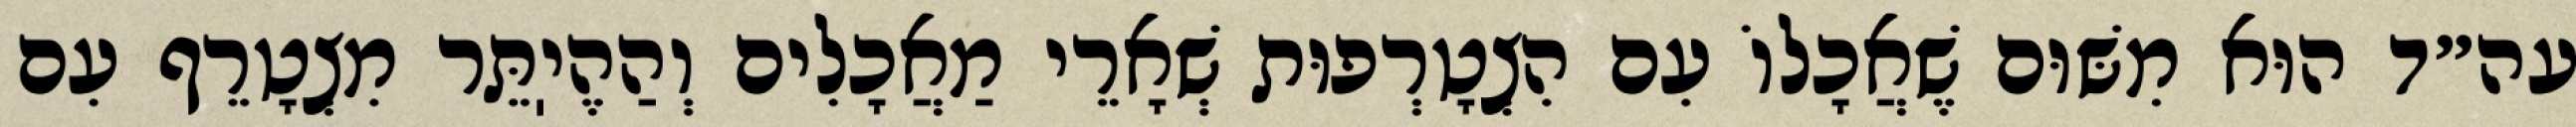
עה״ד הוּא מִשּׁוּם שֶׁאֲכָלוֹ עִם הִצְטָרְפוּת שְׁאָרֵי מַאֲכָלִים וְהַהֶיֽתֵּר מִצְטָרֵף עִם